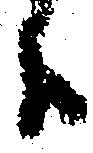
候